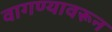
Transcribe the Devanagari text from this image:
वागण्यावरून